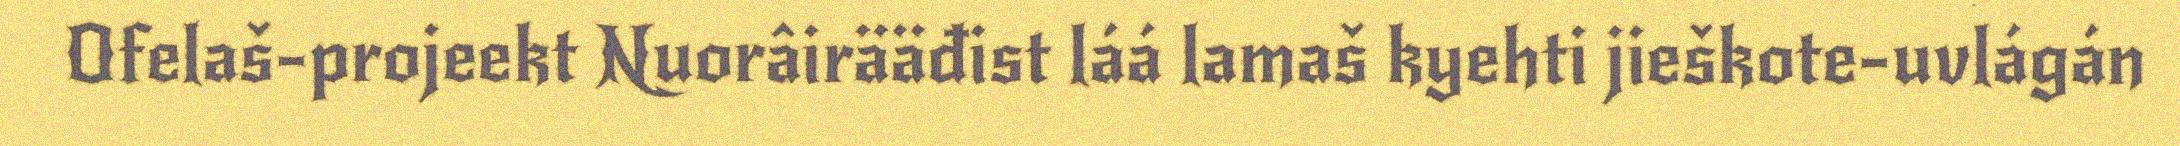
Ofelaš-projeekt Nuorâirääđist láá lamaš kyehti jieškote-uvlágán